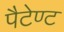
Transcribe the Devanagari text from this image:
पैटेण्ट